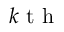
k \mathrm { ~ t ~ h ~ }